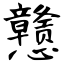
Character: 戆